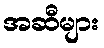
အဆီများ